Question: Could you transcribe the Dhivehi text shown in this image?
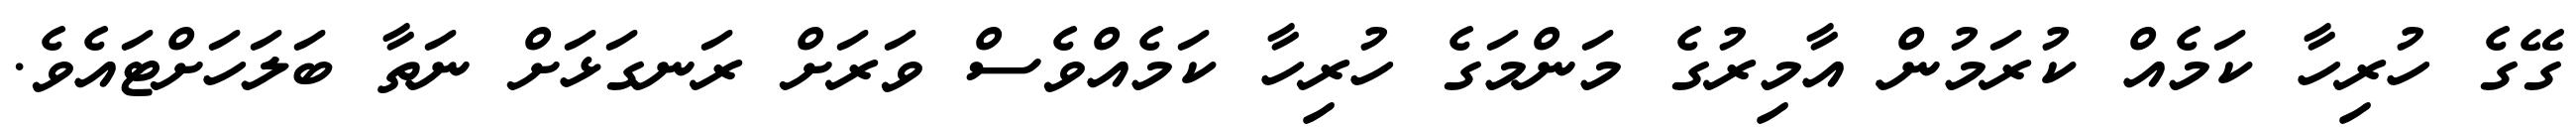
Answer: ގޭގެ ހުރިހާ ކަމެއް ކުރަމުން އާމިރުގެ މަންމަގެ ހުރިހާ ކަމެއްވެސް ވަރަށް ރަނގަޅަށް ނަތާ ބަލަހަށްޓައެވެ.